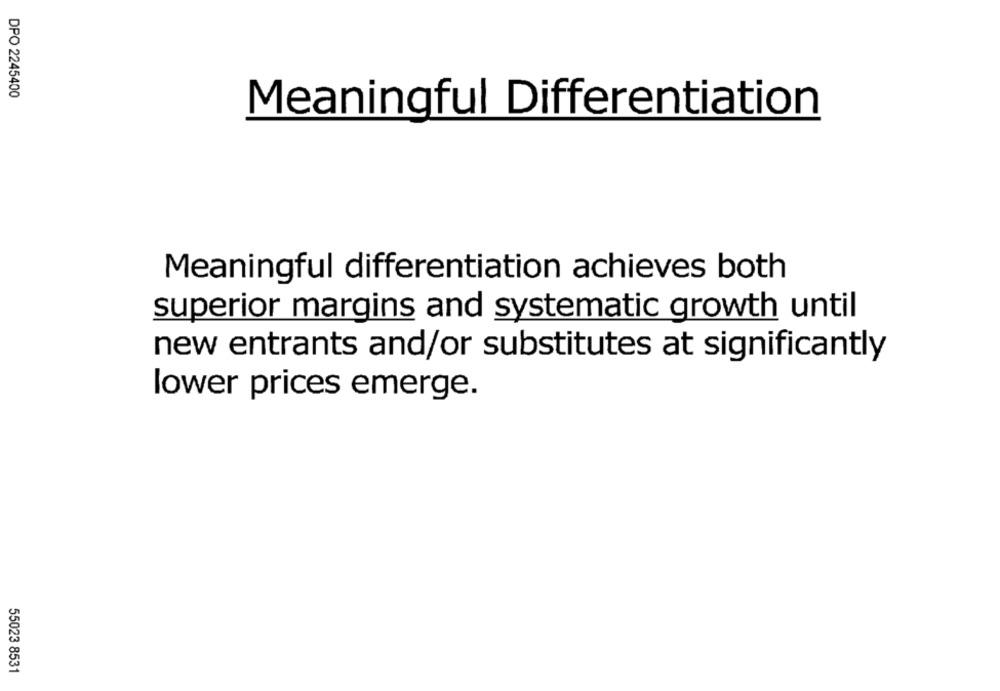
DPO 2245400
Meaningful Differentiation
Meaningful differentiation achieves both
superior margins and systematic growth until
new entrants and/or substitutes at significantly
lower prices emerge.
55023 8531